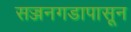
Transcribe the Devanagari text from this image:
सज्जनगडापासून